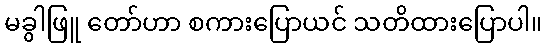
မခွါဖြူ တော်ဟာ စကားပြောယင် သတိထားပြောပါ။